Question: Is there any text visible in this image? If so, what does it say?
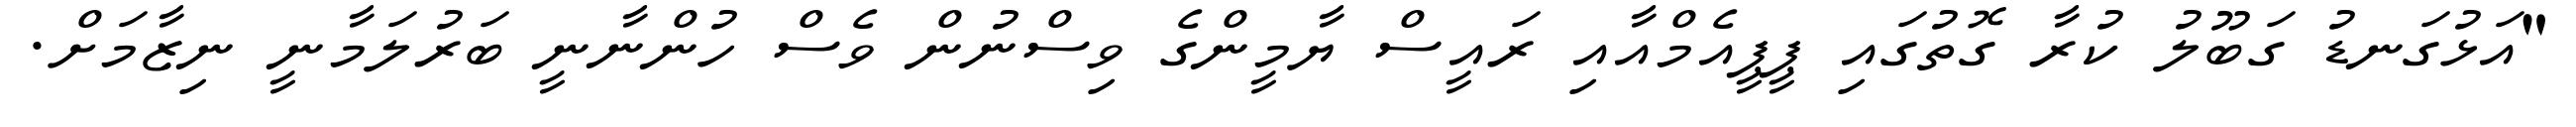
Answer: "އަޅުގަނޑު ގަބޫލު ކުރާ ގޮތުގައި ޕީޕީއެމްއާއި ރައީސް ޔާމީންގެ ވިސްނުން ވެސް ހުންނާނީ ބަރުލަމާނީ ނިޒާމަށް.